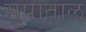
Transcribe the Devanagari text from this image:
सूपाताल